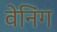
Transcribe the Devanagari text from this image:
वेनिंग